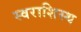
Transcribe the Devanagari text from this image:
स्वराशिस्थ